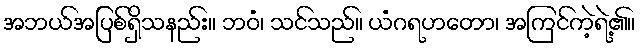
အဘယ်အပြစ်ရှိသနည်း။ ဘဝံ၊ သင်သည်။ ယံဂရဟတော၊ အကြင်ကဲ့ရဲ့၏။